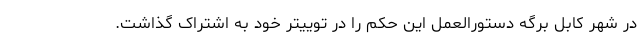
در شهر کابل برگه دستورالعمل این حکم را در توییتر خود به اشتراک گذاشت.